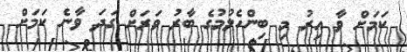
ކަމަށް ވާ އިރު މި ބިންހެލުމުގެ ބާރު ވަރަށް ގަދަ ވާނެ ކަމަށް